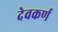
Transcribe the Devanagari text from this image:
देवकर्ण